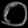
Digit: ၀